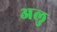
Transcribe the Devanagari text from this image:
अलु